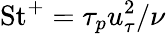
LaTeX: \mathrm{St}^{+}=\tau_{p}u_{\tau}^{2}/\nu